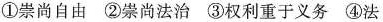
①崇尚自由②崇尚法治③权利重于义务④法